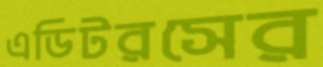
এডিটরসের